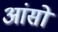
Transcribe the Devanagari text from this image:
आंसों